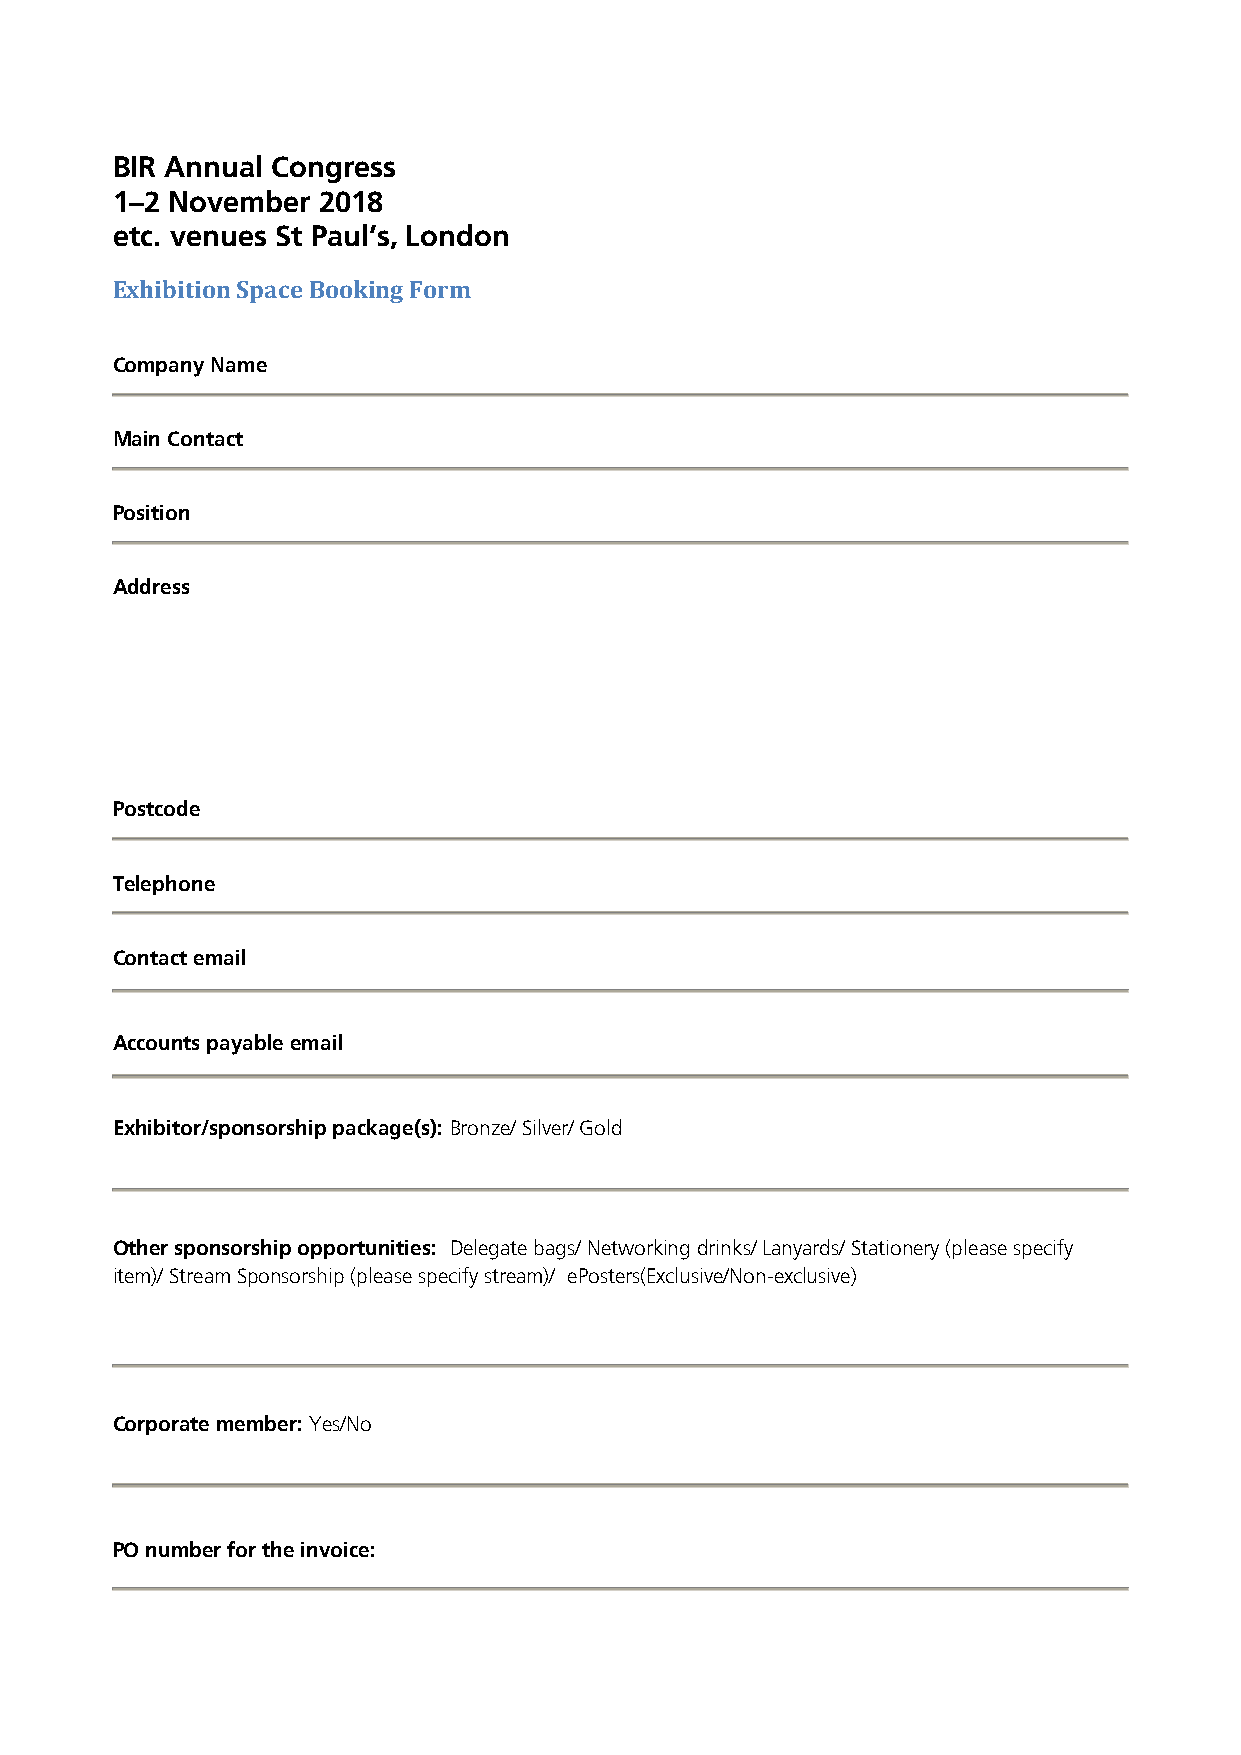
BIR Annual Congress
 1–2 November  2018
 etc. venues St Paul’s, London
 Exhibition Space Booking Form
 Company Name
 Main Contact
 Position
 Address
 Postcode
 Telephone
 Contact email
 Accounts payable email
 Exhibitor/sponsorship package(s): Bronze/ Silver/ Gold
 Other sponsorship opportunities: Delegate bags/ Networking drinks/ Lanyards/ Stationery (please specify
 item)/ Stream Sponsorship (please specify stream)/ ePosters(Exclusive/Non-exclusive)
 Corporate member: Yes/No
 PO number for the invoice: